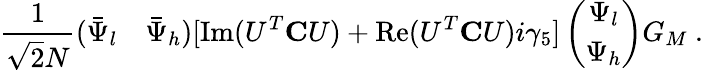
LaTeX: \frac{1}{\sqrt{2}N}(\bar{\Psi}_{l}\quad\bar{\Psi}_{h})[\mathrm{Im}(U^{T}{\mathbf C}U)+\mathrm{Re}(U^{T}{\mathbf C}U)i\gamma_{5}]\left(\begin{array}{c}{{\Psi_{l}}}\\ {{\Psi_{h}}}\end{array}\right)G_{M}\ .